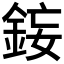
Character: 𨦩